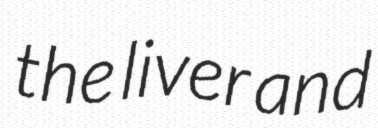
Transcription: the liver and